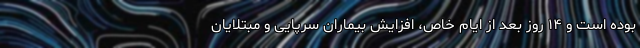
بوده است و ۱۴ روز بعد از ایام خاص، افزایش بیماران سرپایی و مبتلایان